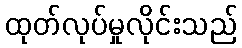
ထုတ်လုပ်မှုလိုင်းသည်